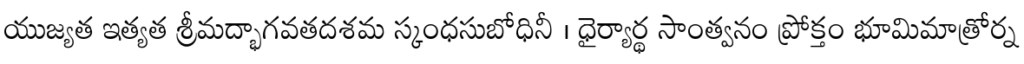
యుజ్యత ఇత్యత శ్రీమద్భాగవతదశమ స్కంధసుబోధినీ । ధైర్యార్థ సాంత్వనం ప్రోక్తం భూమిమాత్రోర్న